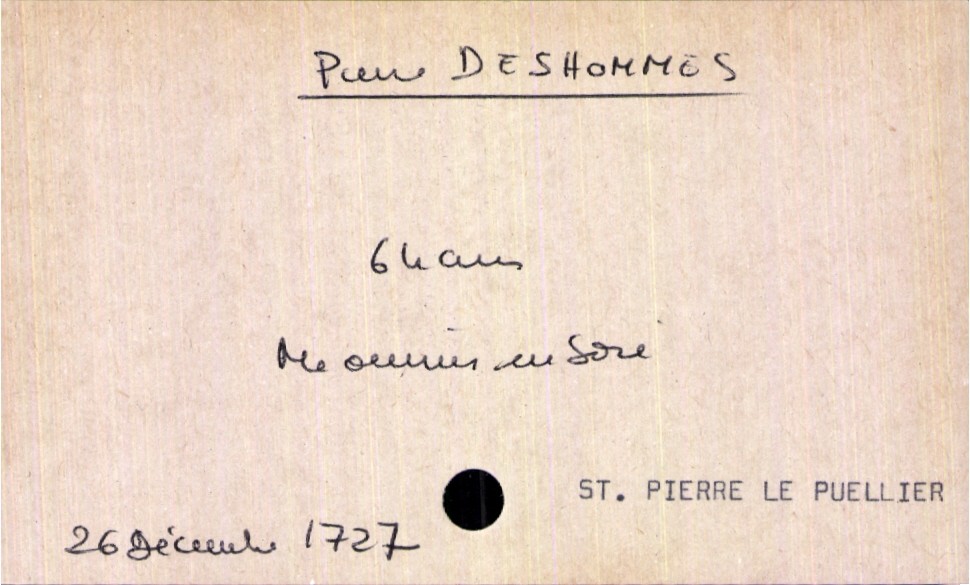
type_acte: Décès
année: 1727
mois: décembre
jour: 26
paroisse: Saint Pierre le Puellier
défunt_nom: Deshommes
défunt_prénom: Pierre
défunt_sexe: H
défunt_âge: 64 ans
défunt_profession: maitre ouvrier en soie